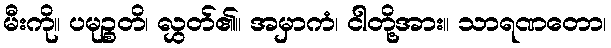
မီးကို။ ပမုဉ္စတိ၊ လွှတ်၏။ အမှာကံ၊ ငါတို့အား။ သာရဏတော၊